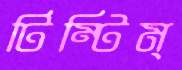
টিম্‌টিম্‌